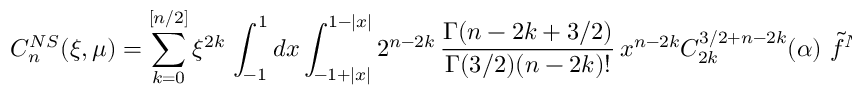
{ \cal C } _ { n } ^ { N S } ( \xi , \mu ) = \sum _ { k = 0 } ^ { [ n / 2 ] } \xi ^ { 2 k } \, \int _ { - 1 } ^ { 1 } d x \int _ { - 1 + | x | } ^ { 1 - | x | } 2 ^ { n - 2 k } \, \frac { \Gamma ( n - 2 k + 3 / 2 ) } { \Gamma ( 3 / 2 ) ( n - 2 k ) ! } \, x ^ { n - 2 k } C _ { 2 k } ^ { 3 / 2 + n - 2 k } ( \alpha ) \, \, \tilde { f } ^ { N S } ( x , \alpha ; \mu ) \, d \alpha \, .